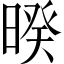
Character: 暌